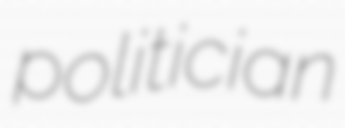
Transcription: politician